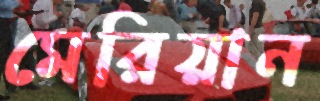
মেরিয়ান